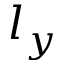
l _ { y }